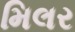
મિલર